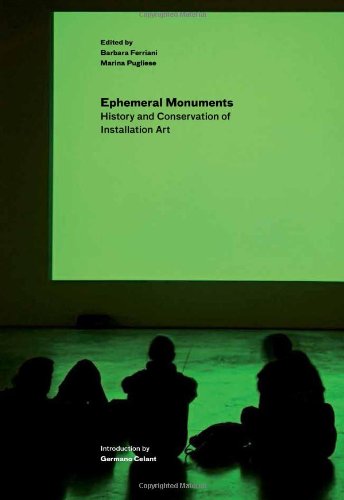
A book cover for Ephemeral Monuments: History and Conservation of Installation Art; Arts & Photography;